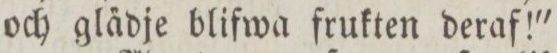
och gla̋dje blifwa frukten deraf!'